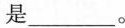
是___。